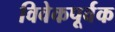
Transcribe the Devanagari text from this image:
विवेकपूर्वक